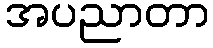
အပညာတာ